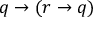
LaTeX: q \to ( r \to q )